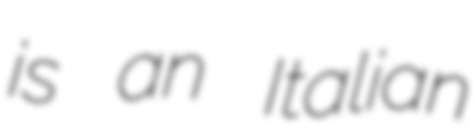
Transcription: is an Italian